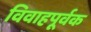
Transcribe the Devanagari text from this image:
विवाहपूर्वक